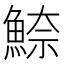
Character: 䱞